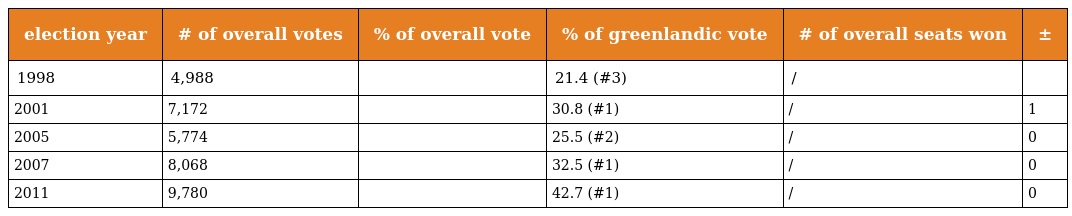
| election year | # of overall votes | % of overall vote | % of greenlandic vote | # of overall seats won | ± |
 | --- | --- | --- | --- | --- | --- |
 | 1998 | 4,988 |  | 21.4 (#3) | / |  |
 | 2001 | 7,172 |  | 30.8 (#1) | / | 1 |
 | 2005 | 5,774 |  | 25.5 (#2) | / | 0 |
 | 2007 | 8,068 |  | 32.5 (#1) | / | 0 |
 | 2011 | 9,780 |  | 42.7 (#1) | / | 0 |